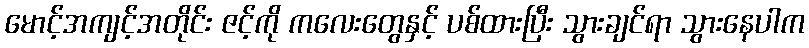
မောင့်အကျင့်အတိုင်း ဇင့်ကို ကလေးတွေနှင့် ပစ်ထားပြီး သွားချင်ရာ သွားနေပါက